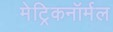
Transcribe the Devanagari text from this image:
मेट्रिकनॉर्मल